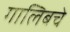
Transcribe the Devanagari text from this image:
गालिबचे